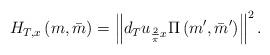
LaTeX: \begin{align*}H_{T,x}\left(m,\bar{m}\right)=\left\Vert d_{T}u_{\frac{2}{\pi}x}\Pi\left(m',\bar{m}'\right)\right\Vert ^{2}.\end{align*}